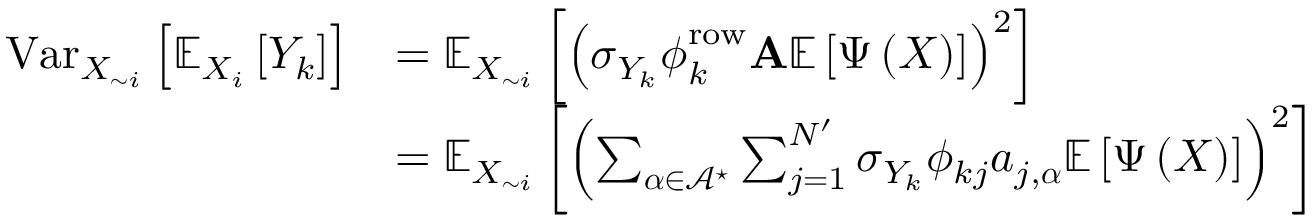
\begin{array} { r l } { \operatorname { V a r } _ { X _ { \sim i } } \left[ \mathbb { E } _ { X _ { i } } \left[ Y _ { k } \right] \right] } & { = \mathbb { E } _ { X _ { \sim i } } \left[ \left( \sigma _ { Y _ { k } } \boldsymbol { \phi } _ { k } ^ { \mathrm { r o w } } \mathbf { A } \mathbb { E } \left[ \boldsymbol { \Psi } \left( \boldsymbol { X } \right) \right] \right) ^ { 2 } \right] } \\ & { = \mathbb { E } _ { X _ { \sim i } } \left[ \left( \sum _ { \boldsymbol { \alpha } \in \mathcal { A } ^ { \star } } \sum _ { j = 1 } ^ { N ^ { \prime } } \sigma _ { Y _ { k } } \phi _ { k j } a _ { j , \boldsymbol { \alpha } } \mathbb { E } \left[ \boldsymbol { \Psi } \left( \boldsymbol { X } \right) \right] \right) ^ { 2 } \right] } \end{array}